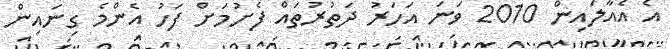
އެ އެއާލައިން 2010 ވަނަ އަހަރު ދަތުރުތައް ފެށުމަށް ފަހު އެންމެ ގިނައިން